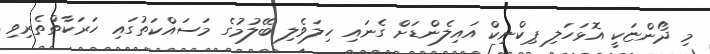
މި ދޯންޏަކީ އޮޅަހަލި ޕިކްނިކް އައިލެންޑަށް ގެނައި ހިލަވެލި ބޭލުމުގެ މަސައްކަތުގައި ހަރަކާތްތެރިވި